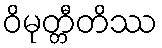
ဝိမုတ္တီတိဿ